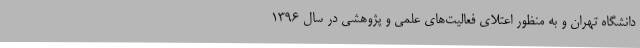
دانشگاه تهران و به منظور اعتلای فعالیت‌های علمی و پژوهشی در سال ۱۳۹۶